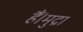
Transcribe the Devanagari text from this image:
हैं।मुद्रा